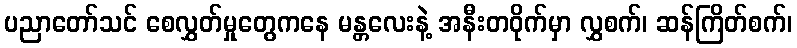
ပညာတော်သင် စေလွှတ်မှုတွေကနေ မန္တလေးနဲ့ အနီးတဝိုက်မှာ လွှစက်၊ ဆန်ကြိတ်စက်၊